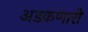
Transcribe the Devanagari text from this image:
अडकणारी